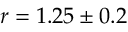
r = 1 . 2 5 \pm 0 . 2